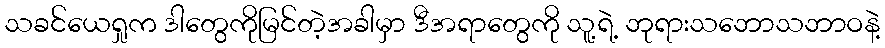
သခင်ယေရှုက ဒါတွေကိုမြင်တဲ့အခါမှာ ဒီအရာတွေကို သူ့ရဲ့ ဘုရားသဘောသဘာဝနဲ့